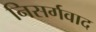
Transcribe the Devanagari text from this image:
निसर्गवाद